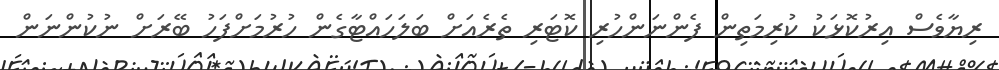
ރިޔާވެސް އިރުކޮޅަކު ކުރިމަތިން ފެންނަންހުރި ކޮޓަރި ތެރެއަށް ބަލަހައްޓާގެން ހުރުމަށްފަހު ބޭރަށް ނުކުންނަން